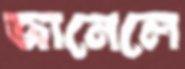
জানেলে